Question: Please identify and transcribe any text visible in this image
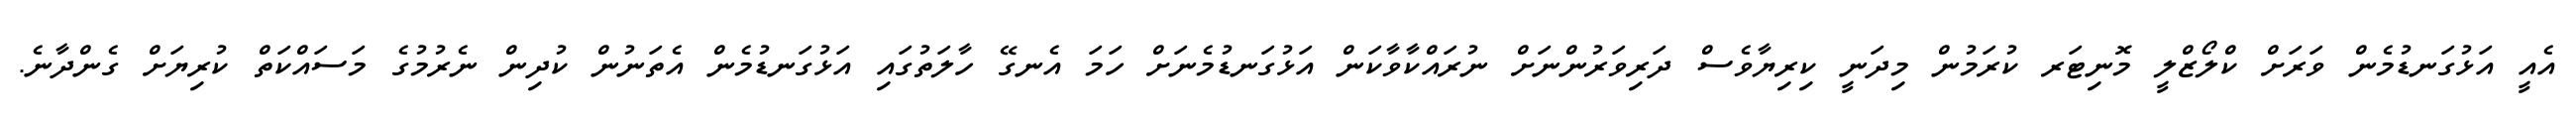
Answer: އެއީ އަޅުގަނޑުމެން ވަރަށް ކްލޯޒްލީ މޮނިޓަރ ކުރަމުން މިދަނީ ކިރިޔާވެސް ދަރިވަރުންނަށް ނުރައްކާވާކަން އަޅުގަނޑުމެނަށް ހަމަ އެނގޭ ހާލަތުގައި އަޅުގަނޑުމެން އެތަނުން ކުދިން ނެރުމުގެ މަސައްކަތް ކުރިޔަށް ގެންދާނެ.